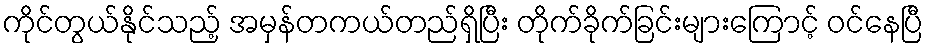
ကိုင်တွယ်နိုင်သည့် အမှန်တကယ်တည်ရှိပြီး တိုက်ခိုက်ခြင်းများကြောင့် ဝင်နေပြီ